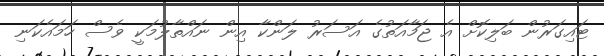
ޓައިގަރުން ބަލިކޮށް އެ ޖަމާއަތުގެ އަސަރު ލަންކާ އިން ނައްތާލުމަކީ ވެސް ހަމައެކަނި